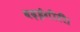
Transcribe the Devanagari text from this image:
बढ़ईगीरी।